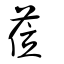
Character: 莅